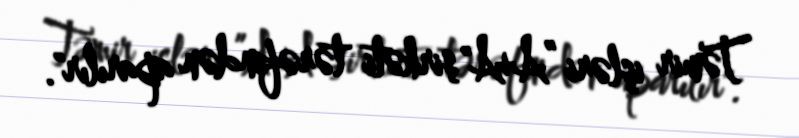
Təmir işləri ”A+A" şirkəti tərəfindən aparılır".